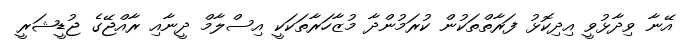
އޭނާ ވިދާޅުވީ އިދިކޮޅު ފަރާތްތަކުން ކުރަމުންދާ މުޒާހަރާތަކަކީ އިސްލާމް ދީނާއި ރާއްޖޭގެ ޖުޑީޝަރީ